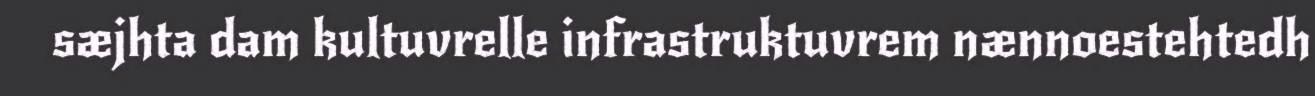
sæjhta dam kultuvrelle infrastruktuvrem nænnoestehtedh